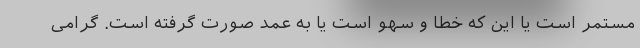
مستمر است یا این که خطا و سهو است یا به عمد صورت گرفته است. گرامی